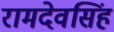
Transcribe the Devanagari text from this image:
रामदेवसिंह